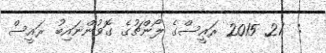
:  21